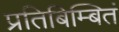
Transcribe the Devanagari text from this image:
प्रतिबिम्बितं